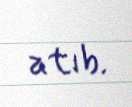
atıb.